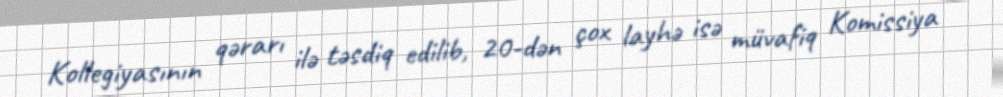
Kollegiyasının qərarı ilə təsdiq edilib, 20-dən çox layhə isə müvafiq Komissiya